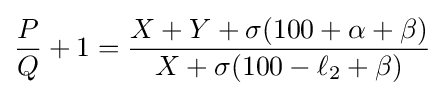
{P \over Q}+1={{X+Y+\sigma (100+\alpha +\beta )} \over {X+\sigma (100-\ell _{2}+\beta )}}